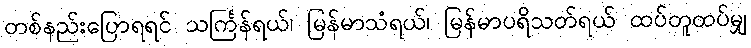
တစ်နည်းပြောရရင် သင်္ကြန်ရယ်၊ မြန်မာသံရယ်၊ မြန်မာပရိသတ်ရယ် ထပ်တူထပ်မျှ